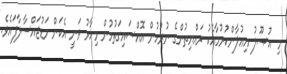
މި އުޞޫލު އިޢުލާންކުރުމާއެކު ރައްޔިތުންގެ ނުރުހުން އޮއްސައިގަތުމުން މިހާރު ވަނީ އެކަން މަޑުޖައްސާލާފައެވެ.